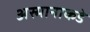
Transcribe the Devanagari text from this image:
अस्मानाकडे